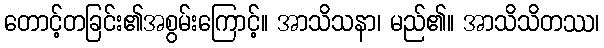
တောင့်တခြင်း၏အစွမ်းကြောင့်။ အာသိသနာ၊ မည်၏။ အာသိသိတဿ၊